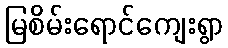
မြစိမ်းရောင်ကျေးရွာ